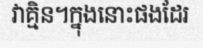
វាគ្មិន។ក្នុងនោះផងដែរ